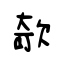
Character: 欹